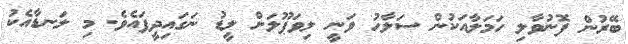
ބޭރުން ފޮނުވާލި ހަމަލާއަކުން ސަލާހު ވަނީ ލިވަޕޫލަށް ލީޑު ނަގައިދީފައެވެ. މި ލަނޑާއެކު